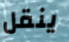
ينقل